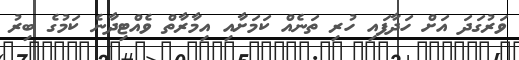
ވަރުގަދަ އަށް ހަދާފައި ހުރި ތަނެއް ކަމަށާއި އިމާރާތް ވެއްޓިދާނެ ކަމުގެ ބިރު